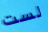
لست